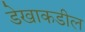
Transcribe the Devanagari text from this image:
डेखाकडील